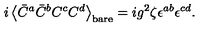
i \left< \bar { C } ^ { a } \bar { C } ^ { b } C ^ { c } C ^ { d } \right> _ { \mathrm { b a r e } } = i g ^ { 2 } \zeta \epsilon ^ { a b } \epsilon ^ { c d } .